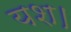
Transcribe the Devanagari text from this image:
यश।